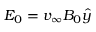
\boldsymbol { E _ { 0 } } = v _ { \infty } B _ { 0 } \boldsymbol { \hat { y } }